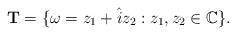
\begin{align*}\textbf{T} = \{\omega=z_1 +\hat{i}z_2:z_1 ,z_2 \in \mathbb{C}\}.\end{align*}